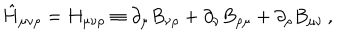
LaTeX: \hat { H } _ { \mu \nu \rho } = H _ { \mu \nu \rho } \equiv \partial _ { \mu } B _ { \nu \rho } + \partial _ { \nu } B _ { \rho \mu } + \partial _ { \rho } B _ { \mu \nu } \, ,